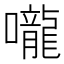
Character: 嚨